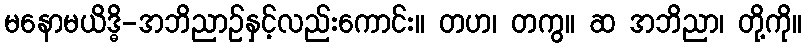
မနောမယိဒ္ဓိ-အဘိညာဉ်နှင့်လည်းကောင်း။ တဟ၊ တကွ။ ဆ အဘိညာ၊ တို့ကို။